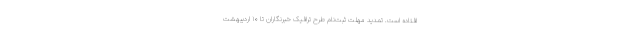
افتاده است. تمدید مهلت ثبت‌نام طرح ترافیک خبرنگاران تا ۱۰ اردیبهشت